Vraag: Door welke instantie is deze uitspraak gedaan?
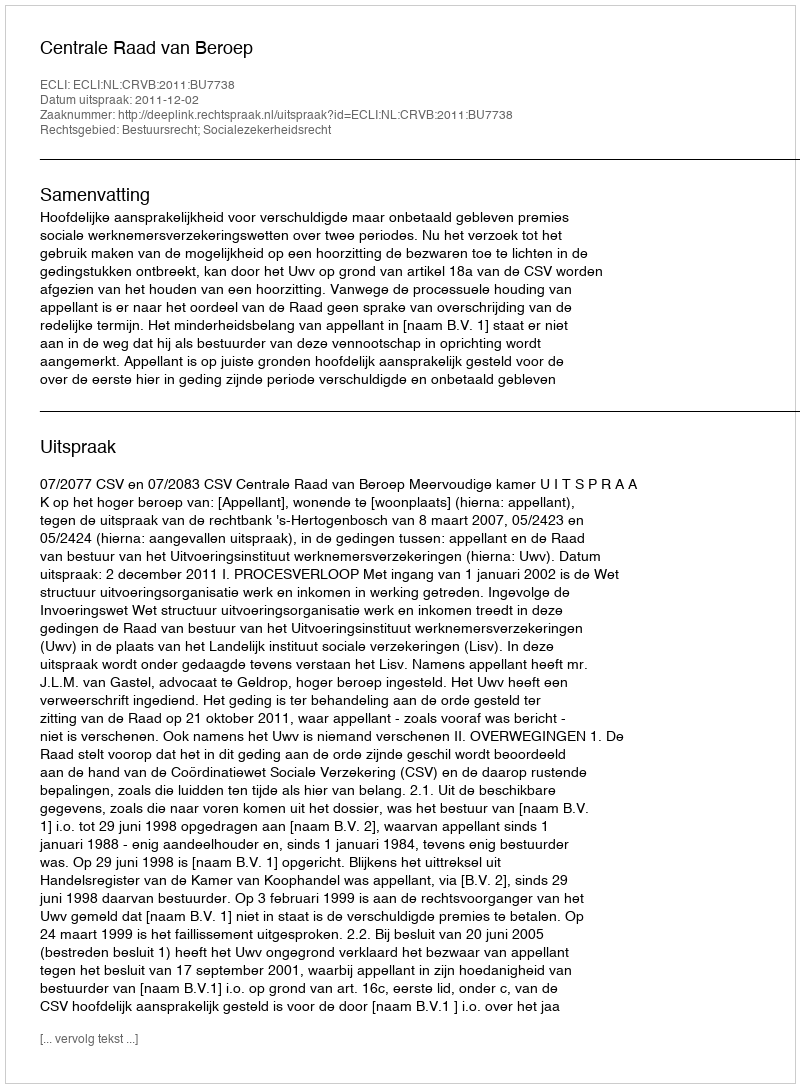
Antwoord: Centrale Raad van Beroep